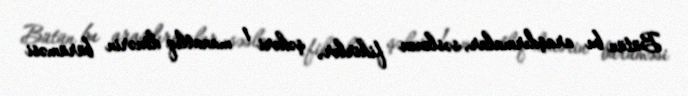
Bütün bu araşdırmalar, səslənən fikirlər, şəhəri 1 manatlıq dönərin bürüməsi